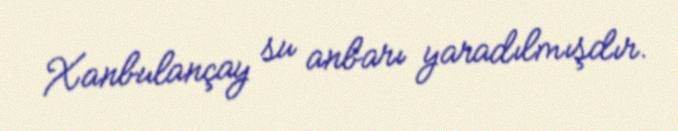
Xanbulançay su anbarı yaradılmışdır.